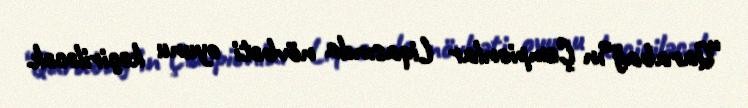
“Qarabağ”ın Çempionlar Liqasında növbəti oyunu keçiriləcək.